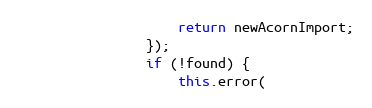
Language: JavaScript
					return newAcornImport;
				});
				if (!found) {
					this.error(